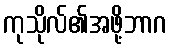
ကုသိုလ်၏အဖို့ဘာဂ